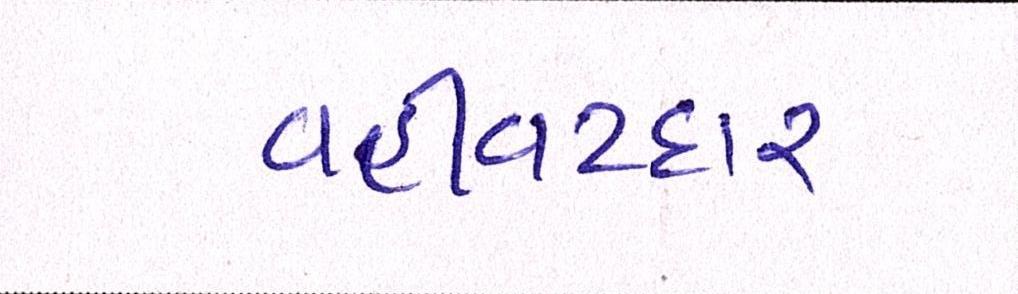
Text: વહીવટદાર